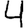
Digit: 4